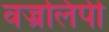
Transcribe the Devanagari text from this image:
वज्रलिपी